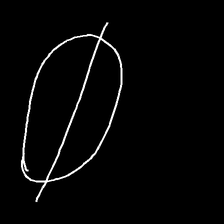
Glyph: orb